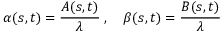
\alpha ( s , t ) = { \frac { A ( s , t ) } { \lambda } } \; , \quad \beta ( s , t ) = { \frac { B ( s , t ) } { \lambda } }